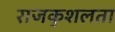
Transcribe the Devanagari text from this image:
राजकुशलता